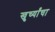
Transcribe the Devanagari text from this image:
खुर्च्यांचा